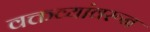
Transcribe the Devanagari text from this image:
वक्तव्यांवरून